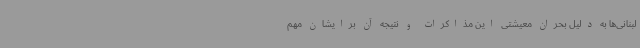
لبنانی‌ها به دلیل بحران معیشتی این مذاکرات و نتیجه آن برایشان مهم